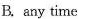
B. any time